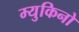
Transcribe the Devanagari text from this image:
म्युकिनो